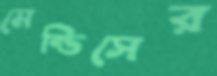
মেন্ডিসের